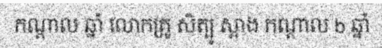
កណ្តាល ឆ្នាំ លោកគ្រូ សិត្បូ ស្អាង កណ្តាល b ឆ្នាំ